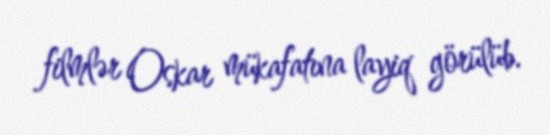
filmlər Oskar mükafatına layiq görülüb.